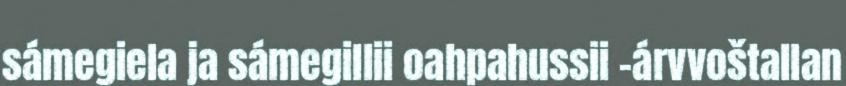
sámegiela ja sámegillii oahpahussii –árvvoštallan